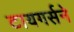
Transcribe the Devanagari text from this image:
टायगर्सने